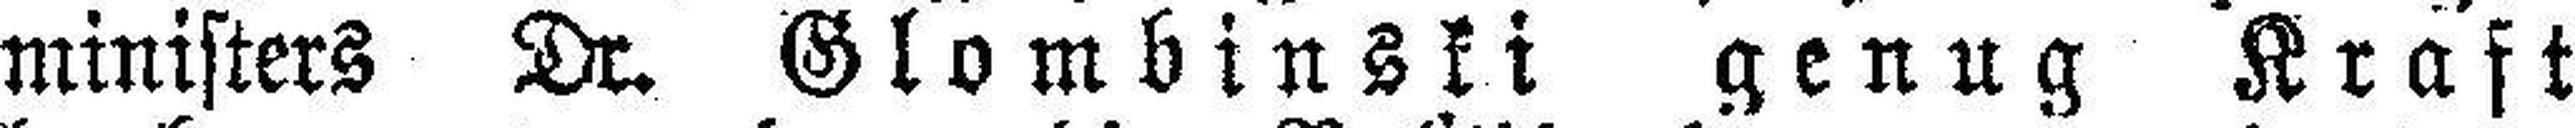
ministers Dr. Glombinski genug Kraft